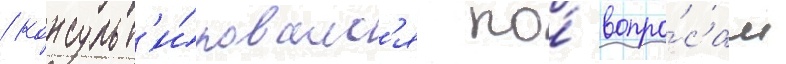
/ консульт'и́ровалс'я по́ вопро́сам